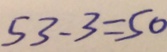
5 3 - 3 = 5 0